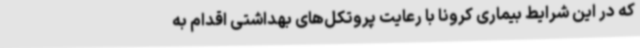
که در این شرایط بیماری کرونا با رعایت پروتکل‌های بهداشتی اقدام به